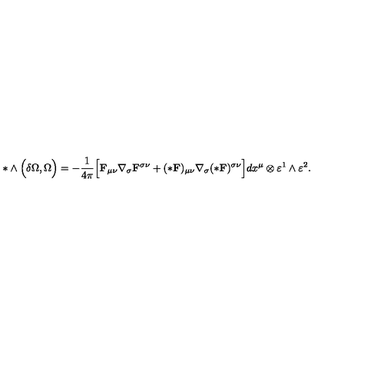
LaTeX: * \wedge \Bigl ( \delta \Omega , \Omega \Bigr ) = - \frac { 1 } { 4 \pi } \Bigl [ { \bf F } _ { \mu \nu } \nabla _ { \sigma } { \bf F } ^ { \sigma \nu } + ( * { \bf F } ) _ { \mu \nu } \nabla _ { \sigma } ( * { \bf F } ) ^ { \sigma \nu } \Bigr ] d x ^ { \mu } \otimes \varepsilon ^ { 1 } \wedge \varepsilon ^ { 2 } .